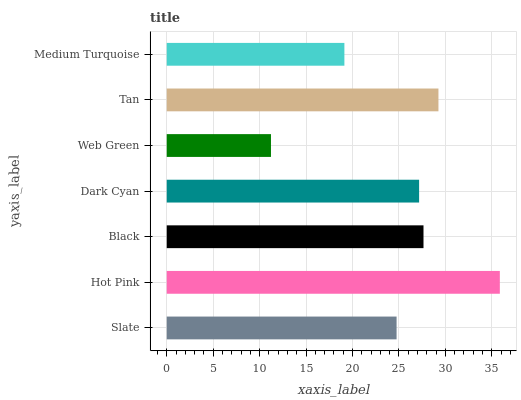
| yaxis_label | bars |
 | --- | --- |
 | Slate | 24.7 |
 | Hot Pink | 35.9 |
 | Black | 27.6 |
 | Dark Cyan | 27.2 |
 | Web Green | 11.2 |
 | Tan | 29.3 |
 | Medium Turquoise | 19.1 |